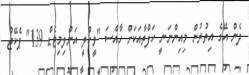
ދެން އޭގެ އިތުރުން މިއިންނަނީ ހަފްތާއަކަށް ހާއްސަ "ވީކްލީ އަންލިމިޓެޑް 139" ޕެކޭޖު